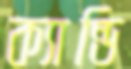
ক্যান্ডি